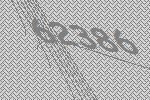
62386